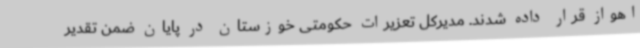
اهواز قرار داده شدند. مدیرکل تعزیرات حکومتی خوزستان در پایان ضمن تقدیر